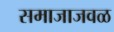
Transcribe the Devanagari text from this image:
समाजाजवळ